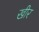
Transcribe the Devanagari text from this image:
खीर